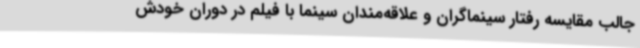
جالب مقایسه رفتار سینماگران و علاقه‌مندان سینما با فیلم در دوران خودش